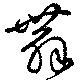
舞